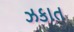
ઝકાત